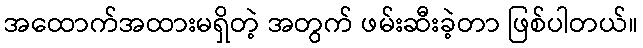
အထောက်အထားမရှိတဲ့ အတွက် ဖမ်းဆီးခဲ့တာ ဖြစ်ပါတယ်။